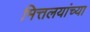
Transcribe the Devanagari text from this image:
मित्तलयांच्या